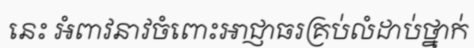
នេះ អំពាវនាវចំពោះអាជ្ញាធរគ្រប់លំដាប់ថ្នាក់